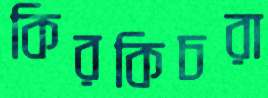
কিরকিচরা